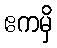
ဧကမှိ